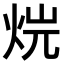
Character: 𤈡